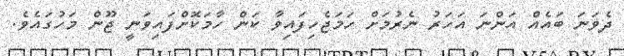
ދެވަނަ ބައެއް އަންނަ އަހަރު ނެރުމަށް ހަމަޖެހިފައިވާ ކަން ހާމަކޮށްފައިވަނީ ޖޫން މަހުގައެވެ.